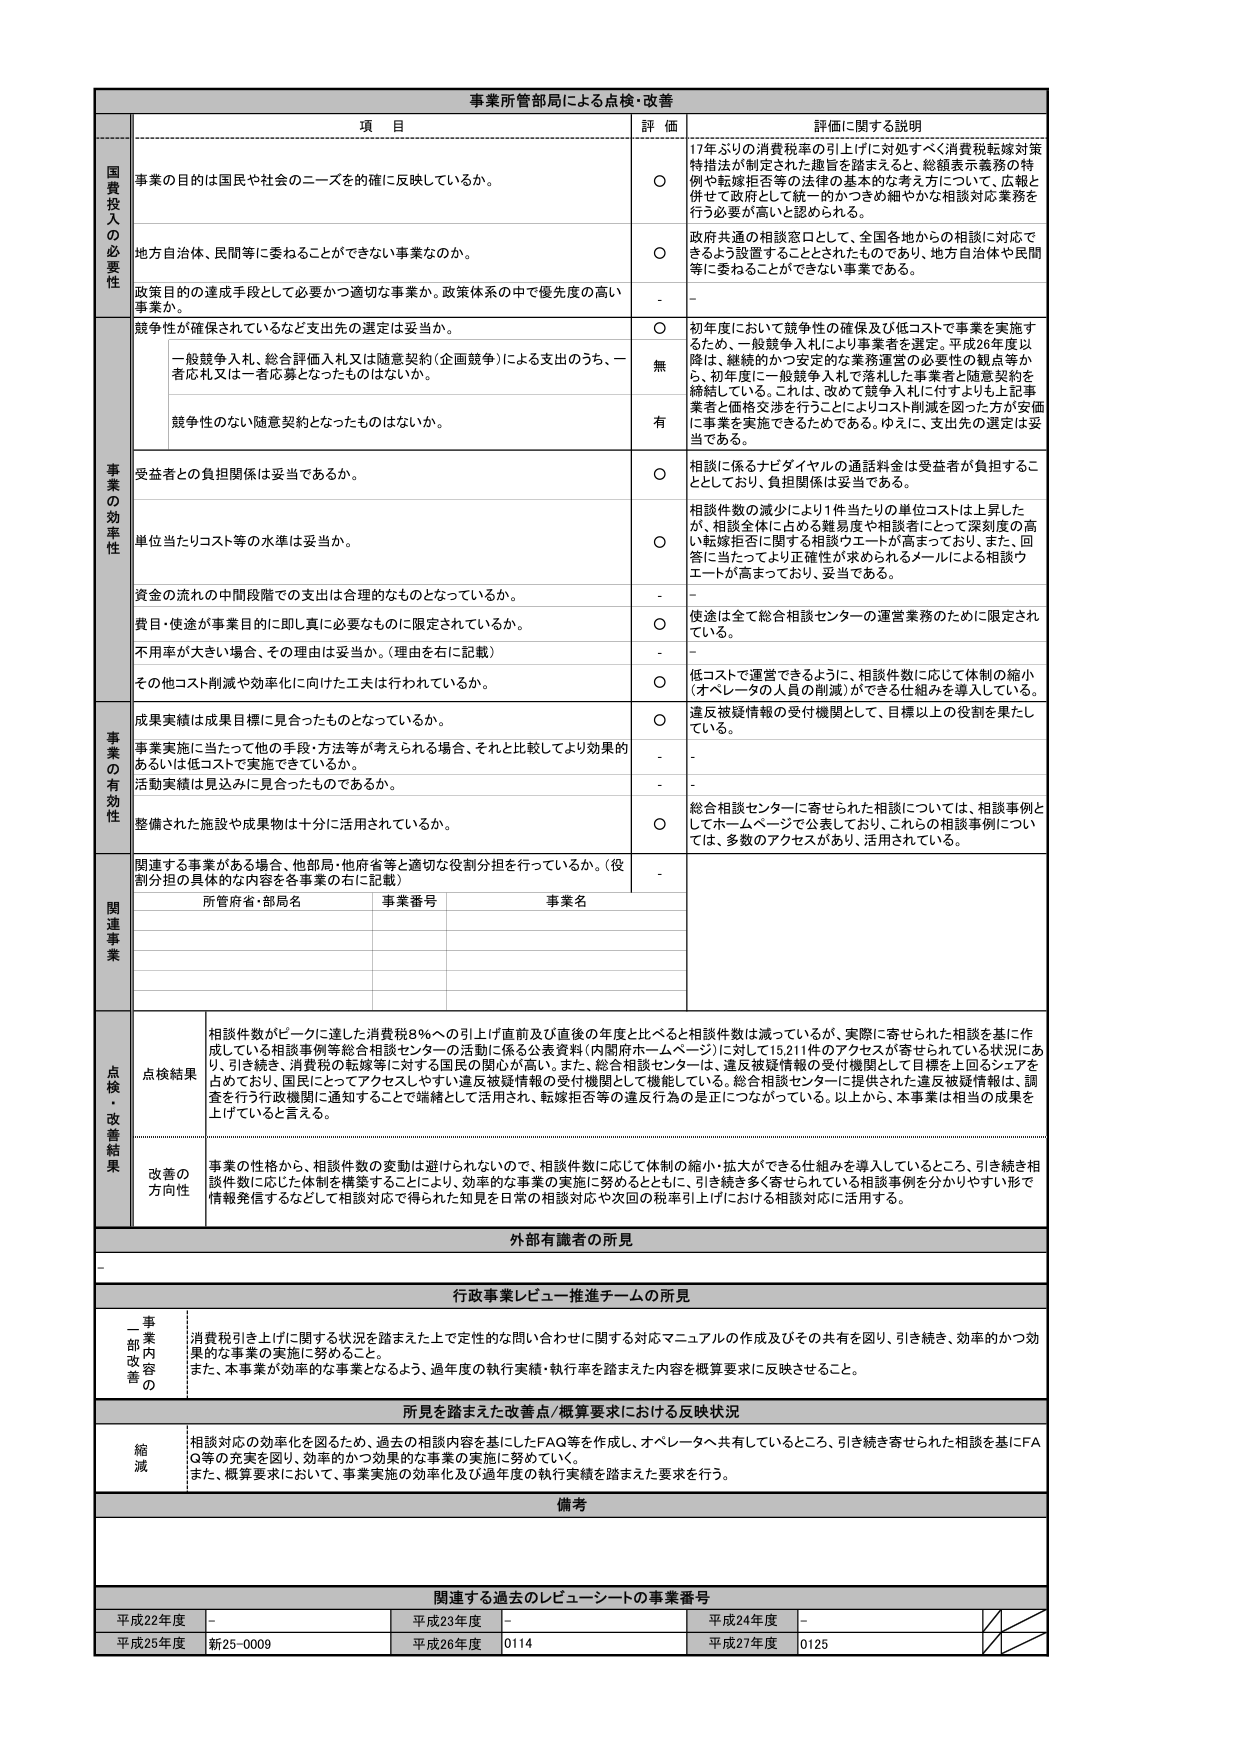
事業所管部局による点検・改善

項 目 評 価 評価に関する説明

国費投入の必要性
事業の目的は国民和社会のニーズを的確に反映しているか。
○ 17年ぶりの消費税率の引上げに対処すべく消費税転嫁対策特措法が制定された趣旨を踏まえると、総額表示義務の特例や転嫁拒否等の法律の基本的な考え方に従って、広報と併せて政府として統一的かつきめ細やかな相談対応業務を行う必要が高いと認められる。

地方自治体、民間等に委ねることができない事業なのか。
○ 政府共通の相談窓口として、全国各地からの相談に対応できるよう設置することとされたものであり、地方自治体や民間等に委ねることができない事業である。

政策目的の達成手段として必要かつ適切な事業か。政策体系の中で優先度の高い事業か。
- -

事業の効率性
競争性が確保されているなど支出先の選定は妥当か。
○ 初年度において競争性の確保及び低コストで事業を実施するため、一般競争入札により事業者を選定。平成26年度以降は、継続的かつ安定的な業務運営の必要性の観点等から、初年度に一般競争入札で落札した事業者と随意契約を締結している。これは、改めて競争入札に付すよりも上記事業者と価格交渉を行うことによりコスト削減を図った方が安価に事業を実施できるためである。ゆえに、支出先の選定は妥当である。

一般競争入札、総合評価入札又は随意契約（企画競争）による支出のうち、一者応札又は一者応募となったものはないか。
無

競争性のない随意契約となったものはないか。
有

受益者との負担関係は妥当であるか。
○ 相談に係るナビダイヤルの通話料金は受益者が負担することとしており、負担関係は妥当である。

単位当たりコスト等の水準は妥当か。
○ 相談件数の減少により1件当たりの単位コストは上昇したが、相談全体に占める難易度や相談者にとって深刻度の高い転嫁拒否に関する相談ウエートが高まっており、また、回答に当たってより正確性が求められるメールによる相談ウエートが高まっており、妥当である。

資金の流れの中間段階での支出は合理的なものとなっているか。
- -

費目・使途が事業目的に即し真に必要なものに限定されているか。
○ 使途は全て総合相談センターの運営業務のために限定されている。

不用率が大きい場合、その理由は妥当か。（理由を右に記載）
- -

その他コスト削減や効率化に向けた工夫は行われているか。
○ 低コストで運営できるように、相談件数に応じて体制の縮小（オペレータの人員の削減）ができる仕組みを導入している。

事業の有効性
成果実績は成果目標に見合ったものとなっているか。
○ 違反被疑情報の受付機関として、目標以上の役割を果たしている。

事業実施に当たって他の手段・方法等が考えられる場合、それと比較してより効果的あるいは低コストで実施できているか。
- -

活動実績は見込みに見合ったものであるか。
- -

整備された施設や成果物は十分に活用されているか。
○ 総合相談センターに寄せられた相談については、相談事例としてホームページで公表しており、これらの相談事例については、多数のアクセスがあり、活用されている。

関連事業
関連する事業がある場合、他部局・他府省等と適切な役割分担を行っているか。（役割分担の具体的内容を各事業の右に記載）
-

所管府省・部局名 事業番号 事業名

点検・改善結果
点検結果
相談件数がピークに達した消費税8％への引上げ直前及び直後の年度と比べると相談件数は減っているが、実際に寄せられた相談を基に作成している相談事例等総合相談センターの活動に係る公表資料（内閣府ホームページ）に対して15,211件のアクセスが寄せられている状況にあり、引き続き、消費税の転嫁等に対する国民の関心が高い。また、総合相談センターは、違反被疑情報の受付機関として目標を上回るシェアを占めており、国民にとってアクセスしやすい違反被疑情報の受付機関として機能している。総合相談センターに提供された違反被疑情報は、調査を行う行政機関に通知することで端緒として活用され、転嫁拒否等の違反行為の是正につながっている。以上から、本事業は相当の成果を上げていると言える。

改善の方向性
事業の性格から、相談件数の変動は避けられないのでは、相談件数に応じて体制の縮小・拡大ができる仕組みを導入しているところ、引き続き相談件数に応じた体制を構築することにより、効率的な事業の実施に努めるとともに、引き続き多く寄せられている相談事例を分かりやすい形で情報発信するなどして相談対応に得られた知見を日常の相談対応や次回の税率引上げにおける相談対応に活用する。

外部有識者の所見

行政事業レビュー推進チームの所見
一、事業内容改善の
消費税引上げに関する状況を踏まえた上で定性的な問い合わせに関する対応マニュアルの作成及びその共有を図り、引き続き、効率的かつ効果的な事業の実施に努めること。
また、本事業が効率的な事業となるよう、過年度の執行実績・執行率を踏まえた内容を概算要求に反映させること。

所見を踏まえた改善点／概算要求における反映状況
縮減
相談対応の効率化を図るため、過去の相談内容を基にしたFAQ等を作成し、オペレータへ共有しているところ、引き続き寄せられた相談を基にFAQ等の充実を図り、効率的かつ効果的な事業の実施に努めていく。
また、概算要求において、事業実施の効率化及び過年度の執行実績を踏まえた要求を行う。

備考

関連する過去のレビュー・シートの事業番号
平成22年度 - 平成23年度 - 平成24年度 -
平成25年度 新25-0009 平成26年度 0114 平成27年度 0125